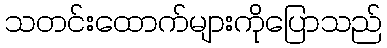
သတင်းထောက်များကိုပြောသည်